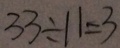
3 3 \div 1 1 = 3